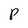
Character: p